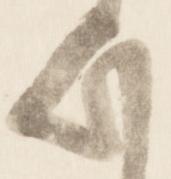
歟